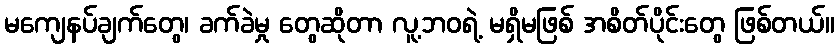
မကျေနပ်ချက်တွေ၊ ခက်ခဲမှု တွေဆိုတာ လူ့ဘဝရဲ့ မရှိမဖြစ် အစိတ်ပိုင်းတွေ ဖြစ်တယ်။